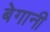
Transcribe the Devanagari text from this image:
बेगानी